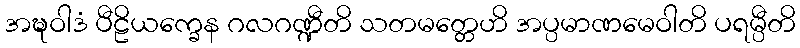
အဍ္ဎဝါဒံ ပီဠိယက္ခေန ဂလဂဏ္ဍီတိ သတမတ္တေဟိ အပ္ပမာဏမေဝါတိ ပရမ္ပီတိ